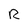
Character: R